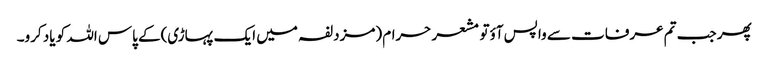
پھر جب تم عرفات سے واپس آؤتو مشعر حرام (مزدلفہ میں ایک پہاڑی)کے پاس اللہ کو یاد کرو۔